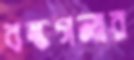
বন্ধগলার